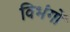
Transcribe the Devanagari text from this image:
विभंगों